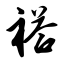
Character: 褡